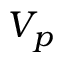
V _ { p }